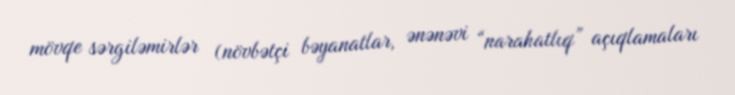
mövqe sərgiləmirlər (növbətçi bəyanatlar, ənənəvi “narahatlıq” açıqlamaları